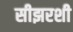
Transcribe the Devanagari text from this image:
सीझरशी